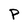
Character: p